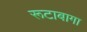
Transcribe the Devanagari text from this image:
रूटाबागा